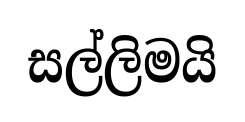
සල්ලිමයි